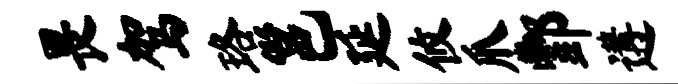
畏驾珞邕延攸爪酆遘